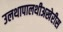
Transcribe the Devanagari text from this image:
उलथापालथीअखेरीस